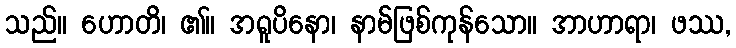
သည်။ ဟောတိ၊ ၏။ အရူပိနော၊ နာမ်ဖြစ်ကုန်သော။ အာဟာရာ၊ ဖဿ,